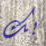
بك